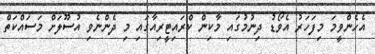
އެހެންވީމަ މިފަހަރު އެވޯޑު ދިނުމުގައި މާކިން ކްރައިޓީރިއާގައި މި ދެންނެވި އުސޫލަށް މަސައްކަތް